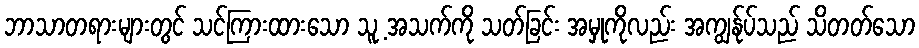
ဘာသာတရားများတွင် သင်ကြားထားသော သူ့ အသက်ကို သတ်ခြင်း အမှုကိုလည်း အကျွန်ုပ်သည် သိတတ်သော